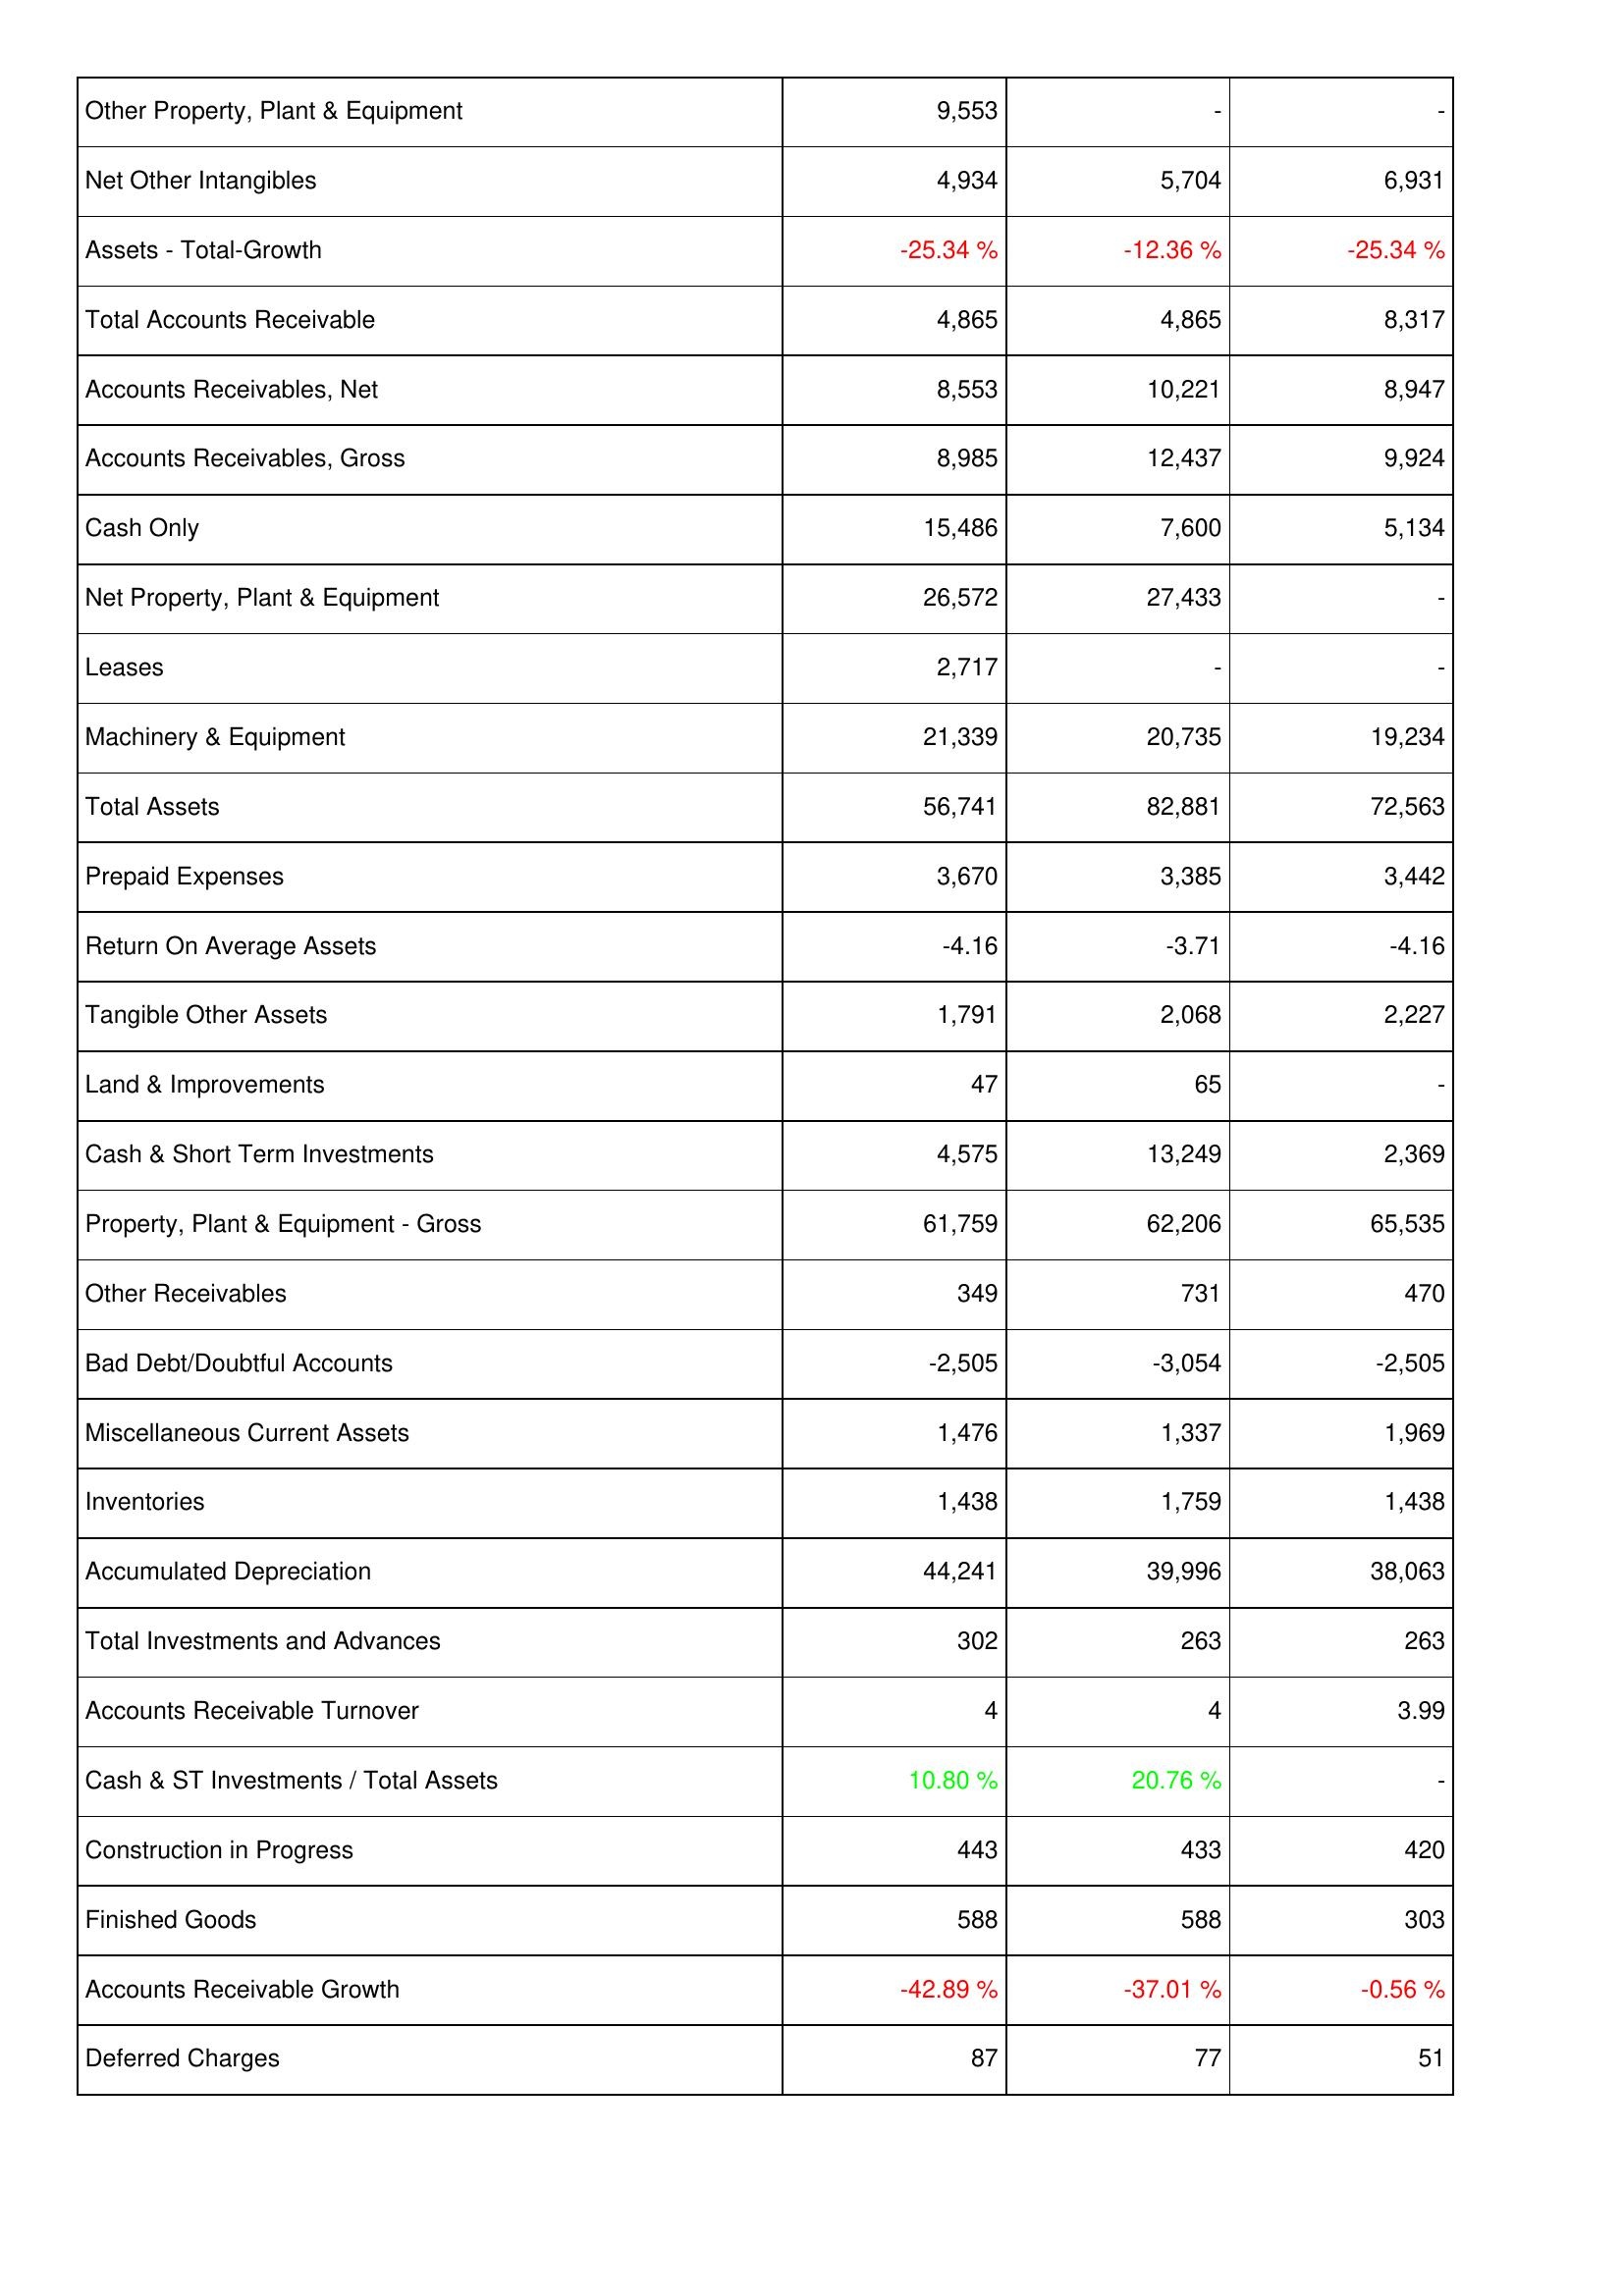
2010: Assets: Other Property, Plant & Equipment: 9,553
Net Other Intangibles: 4,934
Assets - Total-Growth: -25.34 %
Total Accounts Receivable: 4,865
Accounts Receivables, Net: 8,553
Accounts Receivables, Gross: 8,985
Cash Only: 15,486
Net Property, Plant & Equipment: 26,572
Leases: 2,717
Machinery & Equipment: 21,339
Total Assets: 56,741
Prepaid Expenses: 3,670
Return On Average Assets: -4.16
Tangible Other Assets: 1,791
Land & Improvements: 47
Cash & Short Term Investments: 4,575
Property, Plant & Equipment - Gross: 61,759
Other Receivables: 349
Bad Debt/Doubtful Accounts: -2,505
Miscellaneous Current Assets: 1,476
Inventories: 1,438
Accumulated Depreciation: 44,241
Total Investments and Advances: 302
Accounts Receivable Turnover: 4
Cash & ST Investments / Total Assets: 10.80 %
Construction in Progress: 443
Finished Goods: 588
Accounts Receivable Growth: -42.89 %
Deferred Charges: 87
2009: Assets: Other Property, Plant & Equipment: -
Net Other Intangibles: 5,704
Assets - Total-Growth: -12.36 %
Total Accounts Receivable: 4,865
Accounts Receivables, Net: 10,221
Accounts Receivables, Gross: 12,437
Cash Only: 7,600
Net Property, Plant & Equipment: 27,433
Leases: -
Machinery & Equipment: 20,735
Total Assets: 82,881
Prepaid Expenses: 3,385
Return On Average Assets: -3.71
Tangible Other Assets: 2,068
Land & Improvements: 65
Cash & Short Term Investments: 13,249
Property, Plant & Equipment - Gross: 62,206
Other Receivables: 731
Bad Debt/Doubtful Accounts: -3,054
Miscellaneous Current Assets: 1,337
Inventories: 1,759
Accumulated Depreciation: 39,996
Total Investments and Advances: 263
Accounts Receivable Turnover: 4
Cash & ST Investments / Total Assets: 20.76 %
Construction in Progress: 433
Finished Goods: 588
Accounts Receivable Growth: -37.01 %
Deferred Charges: 77
2008: Assets: Other Property, Plant & Equipment: -
Net Other Intangibles: 6,931
Assets - Total-Growth: -25.34 %
Total Accounts Receivable: 8,317
Accounts Receivables, Net: 8,947
Accounts Receivables, Gross: 9,924
Cash Only: 5,134
Net Property, Plant & Equipment: -
Leases: -
Machinery & Equipment: 19,234
Total Assets: 72,563
Prepaid Expenses: 3,442
Return On Average Assets: -4.16
Tangible Other Assets: 2,227
Land & Improvements: -
Cash & Short Term Investments: 2,369
Property, Plant & Equipment - Gross: 65,535
Other Receivables: 470
Bad Debt/Doubtful Accounts: -2,505
Miscellaneous Current Assets: 1,969
Inventories: 1,438
Accumulated Depreciation: 38,063
Total Investments and Advances: 263
Accounts Receivable Turnover: 3.99
Cash & ST Investments / Total Assets: -
Construction in Progress: 420
Finished Goods: 303
Accounts Receivable Growth: -0.56 %
Deferred Charges: 51